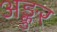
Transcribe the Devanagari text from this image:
अङ्कुर